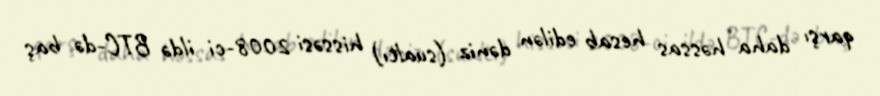
qarşı daha həssas hesab edilən dəniz (sualtı) hissəsi 2008-ci ildə BTC-də baş